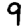
Digit: 9